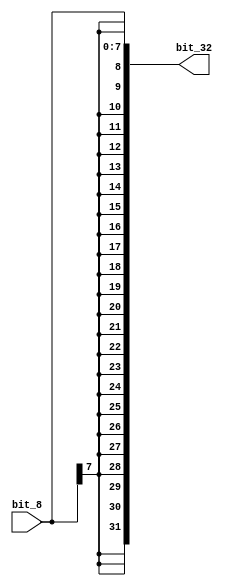
module sign_extend8to32(bit_32 ,bit_8);

input [7:0] bit_8;
output [31:0] bit_32;

buf(bit_32[0],  bit_8[0]);
buf(bit_32[1],  bit_8[1]);
buf(bit_32[2],  bit_8[2]);
buf(bit_32[3],  bit_8[3]);
buf(bit_32[4],  bit_8[4]);
buf(bit_32[5],  bit_8[5]);
buf(bit_32[6],  bit_8[6]);
buf(bit_32[7],  bit_8[7]);
buf(bit_32[8],  bit_8[7]);
buf(bit_32[9],  bit_8[7]);
buf(bit_32[10], bit_8[7]);
buf(bit_32[11], bit_8[7]);
buf(bit_32[12], bit_8[7]);
buf(bit_32[13], bit_8[7]);
buf(bit_32[14], bit_8[7]);
buf(bit_32[15], bit_8[7]);
buf(bit_32[16], bit_8[7]);
buf(bit_32[17], bit_8[7]);
buf(bit_32[18], bit_8[7]);
buf(bit_32[19], bit_8[7]);
buf(bit_32[20], bit_8[7]);
buf(bit_32[21], bit_8[7]);
buf(bit_32[22], bit_8[7]);
buf(bit_32[23], bit_8[7]);
buf(bit_32[24], bit_8[7]);
buf(bit_32[25], bit_8[7]);
buf(bit_32[26], bit_8[7]);
buf(bit_32[27], bit_8[7]);
buf(bit_32[28], bit_8[7]);
buf(bit_32[29], bit_8[7]);
buf(bit_32[30], bit_8[7]);
buf(bit_32[31], bit_8[7]);

endmodule